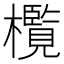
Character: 㰖